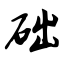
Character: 础